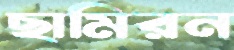
ছামিরন